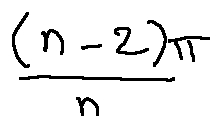
\frac { ( n - 2 ) \pi } { n }